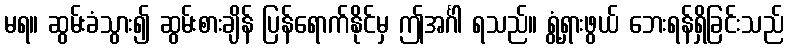
မရ။ ဆွမ်းခံသွား၍ ဆွမ်းစားချိန် ပြန်ရောက်နိုင်မှ ဤအင်္ဂါ ရသည်။ ရွံ့ရှားဖွယ် ဘေးရန်ရှိခြင်းသည်